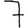
Digit: 7